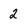
Character: 2